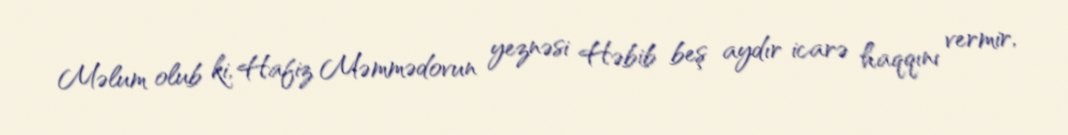
Məlum olub ki, Hafiz Məmmədovun yeznəsi Həbib beş aydır icarə haqqını vermir,